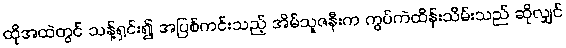
ထိုအထဲတွင် သန့်ရှင်း၍ အပြစ်ကင်းသည့် အိမ်သူဇနီးက ကွပ်ကဲထိန်းသိမ်းသည် ဆိုလျှင်